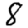
Digit: 8